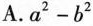
A.a^2-b^2